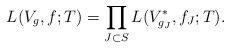
LaTeX: \begin{align*}L(V_g, f; T) = \prod_{J \subset S} L(V_{g_J}^*, f_J; T).\end{align*}